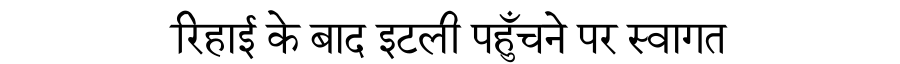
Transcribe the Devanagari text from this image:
रिहाई के बाद इटली पहुँचने पर स्वागत